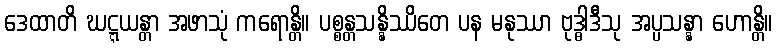
ဒေထာတိ ဃဋ္ဋယန္တာ အဖာသုံ ကရောန္တိ။ ပစ္စန္တသန္နိဿိတေ ပန မနုဿာ ဗုဒ္ဓါဒီသု အပ္ပသန္နာ ဟောန္တိ။